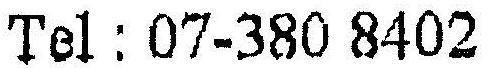
TEL : 07-380 8402